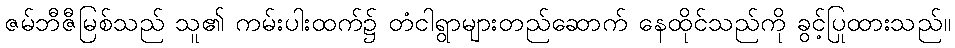
ဇမ်ဘီဇီမြစ်သည် သူ၏ ကမ်းပါးထက်၌ တံငါရွာများတည်ဆောက် နေထိုင်သည်ကို ခွင့်ပြုထားသည်။